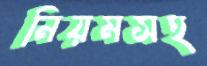
নিয়মসহ